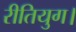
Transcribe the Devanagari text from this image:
रीतियुग।